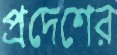
প্রদেশের